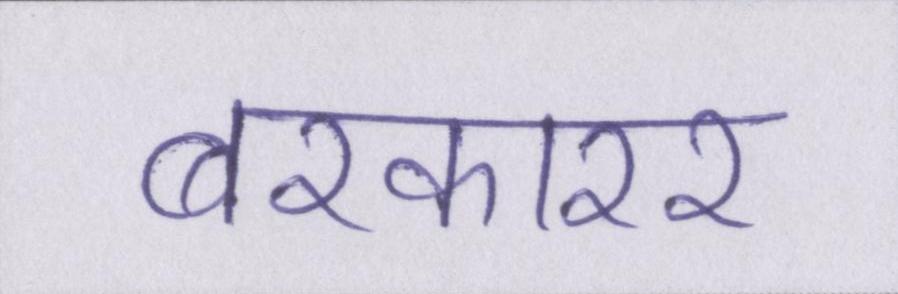
बरकारर